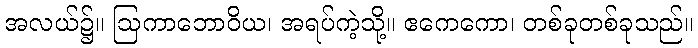
အလယ်၌။ ဩကာဘောဝိယ၊ အရပ်ကဲ့သို့။ ဧကေကော၊ တစ်ခုတစ်ခုသည်။